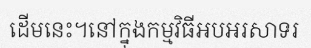
ដើមនេះ។នៅក្នុងកម្មវិធីអបអរសាទរ